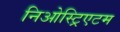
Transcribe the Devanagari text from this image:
निओस्ट्रिएटम